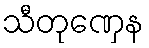
သီတုဏှေန